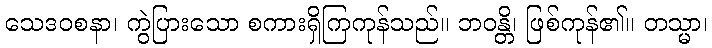
သေဒဝစနာ၊ ကွဲပြားသော စကားရှိကြကုန်သည်။ ဘဝန္တိ၊ ဖြစ်ကုန်၏။ တသ္မာ၊